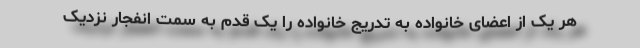
هر یک از اعضای خانواده به تدریج خانواده را یک قدم به سمت انفجار نزدیک